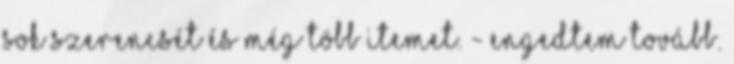
sok szerencsét és még több itemet. - engedtem tovább.